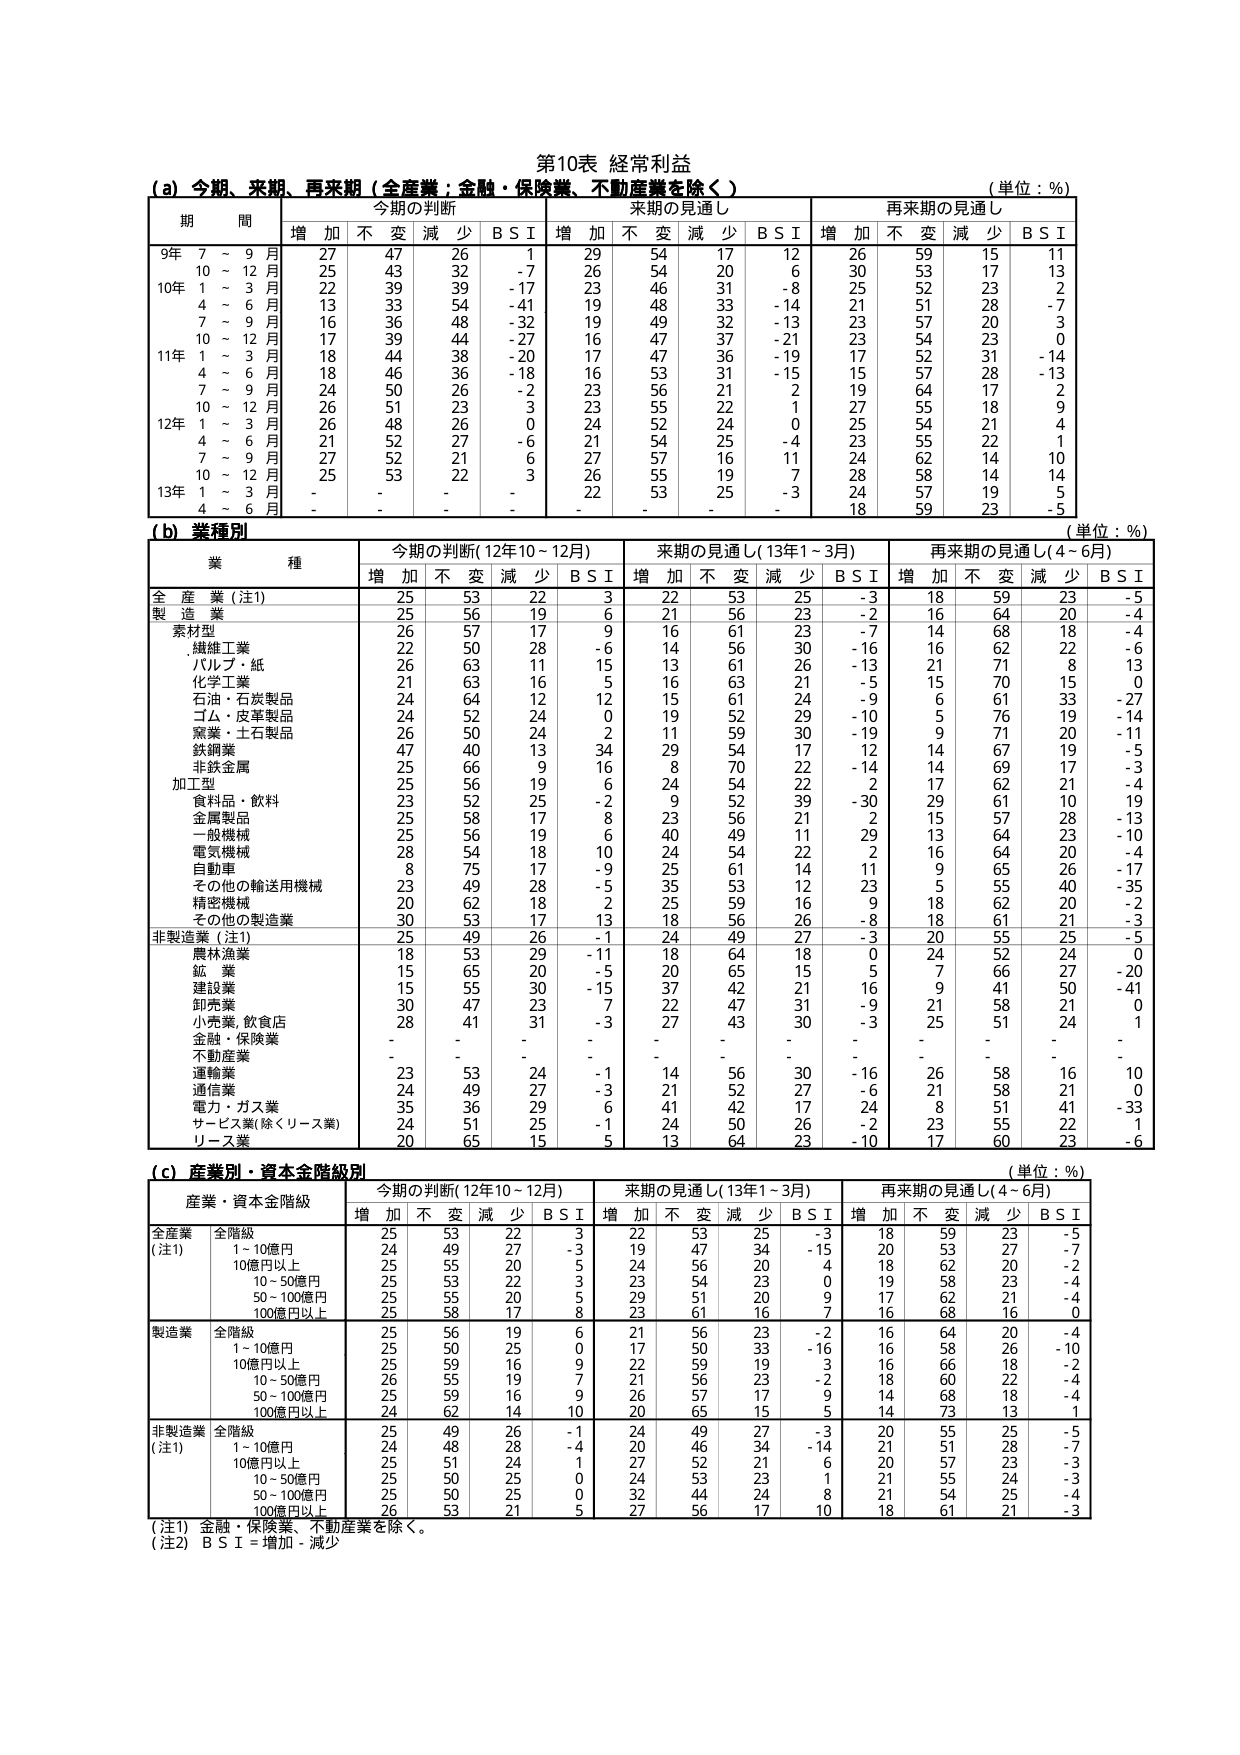
第10表 経常利益
(a) 今期、来期、再来期（全産業：金融・保険業、不動産業を除く）
（単位：%）

期 間
今期の判断
来期の見通し
再来期の見通し

増 加 不 変 減 少 B S I 増 加 不 変 減 少 B S I 増 加 不 変 減 少 B S I

9年 7 ～ 9 月 27 47 26 1 29 54 17 12 26 59 15 11
10 ～ 12 月 25 43 32 -7 26 54 20 6 30 53 17 13
10年 1 ～ 3 月 22 39 39 -17 23 46 31 -8 25 52 23 2
4 ～ 6 月 13 33 54 -41 19 48 33 -14 21 51 28 -7
7 ～ 9 月 16 36 48 -32 19 49 32 -13 23 57 20 3
10 ～ 12 月 17 39 44 -27 16 47 37 -21 23 54 23 0
11年 1 ～ 3 月 18 44 38 -20 17 47 36 -19 17 52 31 -14
4 ～ 6 月 18 46 36 -18 16 53 31 -15 15 57 28 -13
7 ～ 9 月 24 50 26 -2 23 56 21 2 19 64 17 2
10 ～ 12 月 26 51 23 3 23 55 22 1 27 55 18 9
12年 1 ～ 3 月 26 48 26 0 24 52 24 0 25 54 21 4
4 ～ 6 月 21 52 27 -6 21 54 25 -4 23 55 22 1
7 ～ 9 月 27 52 21 6 27 57 16 11 24 62 14 10
10 ～ 12 月 25 53 22 3 26 55 19 7 28 58 14 14
13年 1 ～ 3 月 - - - - 22 53 25 -3 24 57 19 5
4 ～ 6 月 - - - - - - - - 18 59 23 -5

(b) 業種別
（単位：%）

業 種
今期の判断（12年10～12月）
来期の見通し（13年1～3月）
再来期の見通し（4～6月）

増 加 不 変 減 少 B S I 増 加 不 変 減 少 B S I 増 加 不 変 減 少 B S I

全 産 業（注1） 25 53 22 3 22 53 25 -3 18 59 23 -5
製 造 業 25 56 19 6 21 56 23 -2 16 64 20 -4
素材型 26 57 17 9 16 61 23 -7 14 68 18 -4
・繊維工業 22 50 28 -6 14 56 30 -16 16 62 22 -6
・パルプ・紙 26 63 11 15 13 61 26 -13 21 71 8 13
化学工業 21 63 16 5 16 63 21 -5 15 70 15 0
石油・石炭製品 24 64 12 12 15 61 24 -9 6 61 33 -27
ゴム・皮革製品 24 52 24 0 19 52 29 -10 5 76 19 -14
窯業・土石製品 26 50 24 2 11 59 30 -19 9 71 20 -11
鉄鋼業 47 40 13 34 29 54 17 -12 14 67 19 -5
非鉄金属 25 66 9 16 8 70 22 -14 14 69 17 -3
加工型 25 56 19 6 24 54 22 2 17 62 21 -4
食料品・飲料 23 52 25 -2 9 52 39 -30 29 61 10 19
金属製品 25 58 17 8 23 56 21 2 15 57 28 -13
一般機械 25 56 19 6 40 49 11 29 13 64 23 -10
電気機械 28 54 18 10 24 54 22 2 16 64 20 -4
自動車 8 75 17 -9 25 61 14 11 9 65 26 -17
その他の輸送用機械 23 49 28 -5 35 53 12 23 5 55 40 -35
精密機械 20 62 18 2 25 59 16 9 18 62 20 -2
その他の製造業 30 53 17 13 18 56 26 -8 18 61 21 -3
非製造業（注1） 25 49 26 -1 24 49 27 -3 20 55 25 -5
農林漁業 18 53 29 -11 18 64 18 0 24 52 24 0
鉱 業 15 65 20 -5 20 65 15 5 7 66 27 -20
建設業 15 55 30 -15 37 42 21 16 9 41 50 -41
卸売業 30 47 23 -7 22 47 31 -9 21 58 21 0
小売業、飲食店 28 41 31 -3 27 43 30 -3 25 51 24 1
金融・保険業 - - - - - - - - - - - -
不動産業 - - - - - - - - - - - -
運輸業 23 53 24 -1 14 56 30 -16 26 58 16 10
通信業 24 49 27 -3 21 52 27 -6 21 58 21 0
電力・ガス業 35 36 29 6 41 42 17 24 8 51 41 -33
サービス業（除くリース業） 24 51 25 -1 24 50 26 -2 23 55 22 1
リース業 20 65 15 5 13 64 23 -10 17 60 23 -6

(c) 産業別・資本金階級別
（単位：%）

産業・資本金階級
今期の判断（12年10～12月）
来期の見通し（13年1～3月）
再来期の見通し（4～6月）

増 加 不 変 減 少 B S I 増 加 不 変 減 少 B S I 増 加 不 変 減 少 B S I

全産業（注1） 全階級 25 53 22 3 22 53 25 -3 18 59 23 -5
1～10億円 24 49 27 -3 19 47 34 -15 20 53 27 -7
10億円以上 25 55 20 5 24 56 20 4 18 62 20 -2
10～50億円 25 53 22 3 23 54 23 0 19 58 23 -4
50～100億円 25 55 20 5 29 51 20 9 17 62 21 -4
100億円以上 25 58 17 8 23 61 16 7 16 68 16 0
製造業 全階級 25 56 19 6 21 56 23 -2 16 64 20 -4
1～10億円 25 50 25 0 17 50 33 -16 16 58 26 -10
10億円以上 25 59 16 9 22 59 19 3 16 66 18 -2
10～50億円 26 55 19 7 21 56 23 -2 18 60 22 -4
50～100億円 25 59 16 9 26 57 17 9 14 68 18 -4
100億円以上 24 62 14 10 20 65 15 5 14 73 13 1
非製造業（注1） 全階級 25 49 26 -1 24 49 27 -3 20 55 25 -5
1～10億円 24 48 28 -4 20 46 34 -14 21 51 28 -7
10億円以上 25 51 24 1 27 52 21 6 20 57 23 -3
10～50億円 25 50 25 0 24 53 23 1 21 55 24 -3
50～100億円 25 50 25 0 32 44 24 8 21 54 25 -4
100億円以上 26 53 21 5 27 56 17 10 18 61 21 -3

（注1）金融・保険業、不動産業を除く。
（注2）B S I = 増加 - 減少